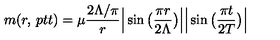
m ( r , { \kern 2 p t } t ) = \mu \frac { 2 \Lambda / \pi } { r } \Big | \sin \big ( \frac { \pi r } { 2 \Lambda } \big ) \Big | \Big | \sin \big ( \frac { \pi t } { 2 T } \big ) \Big |